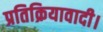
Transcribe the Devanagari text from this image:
प्रतिक्रियावादी।